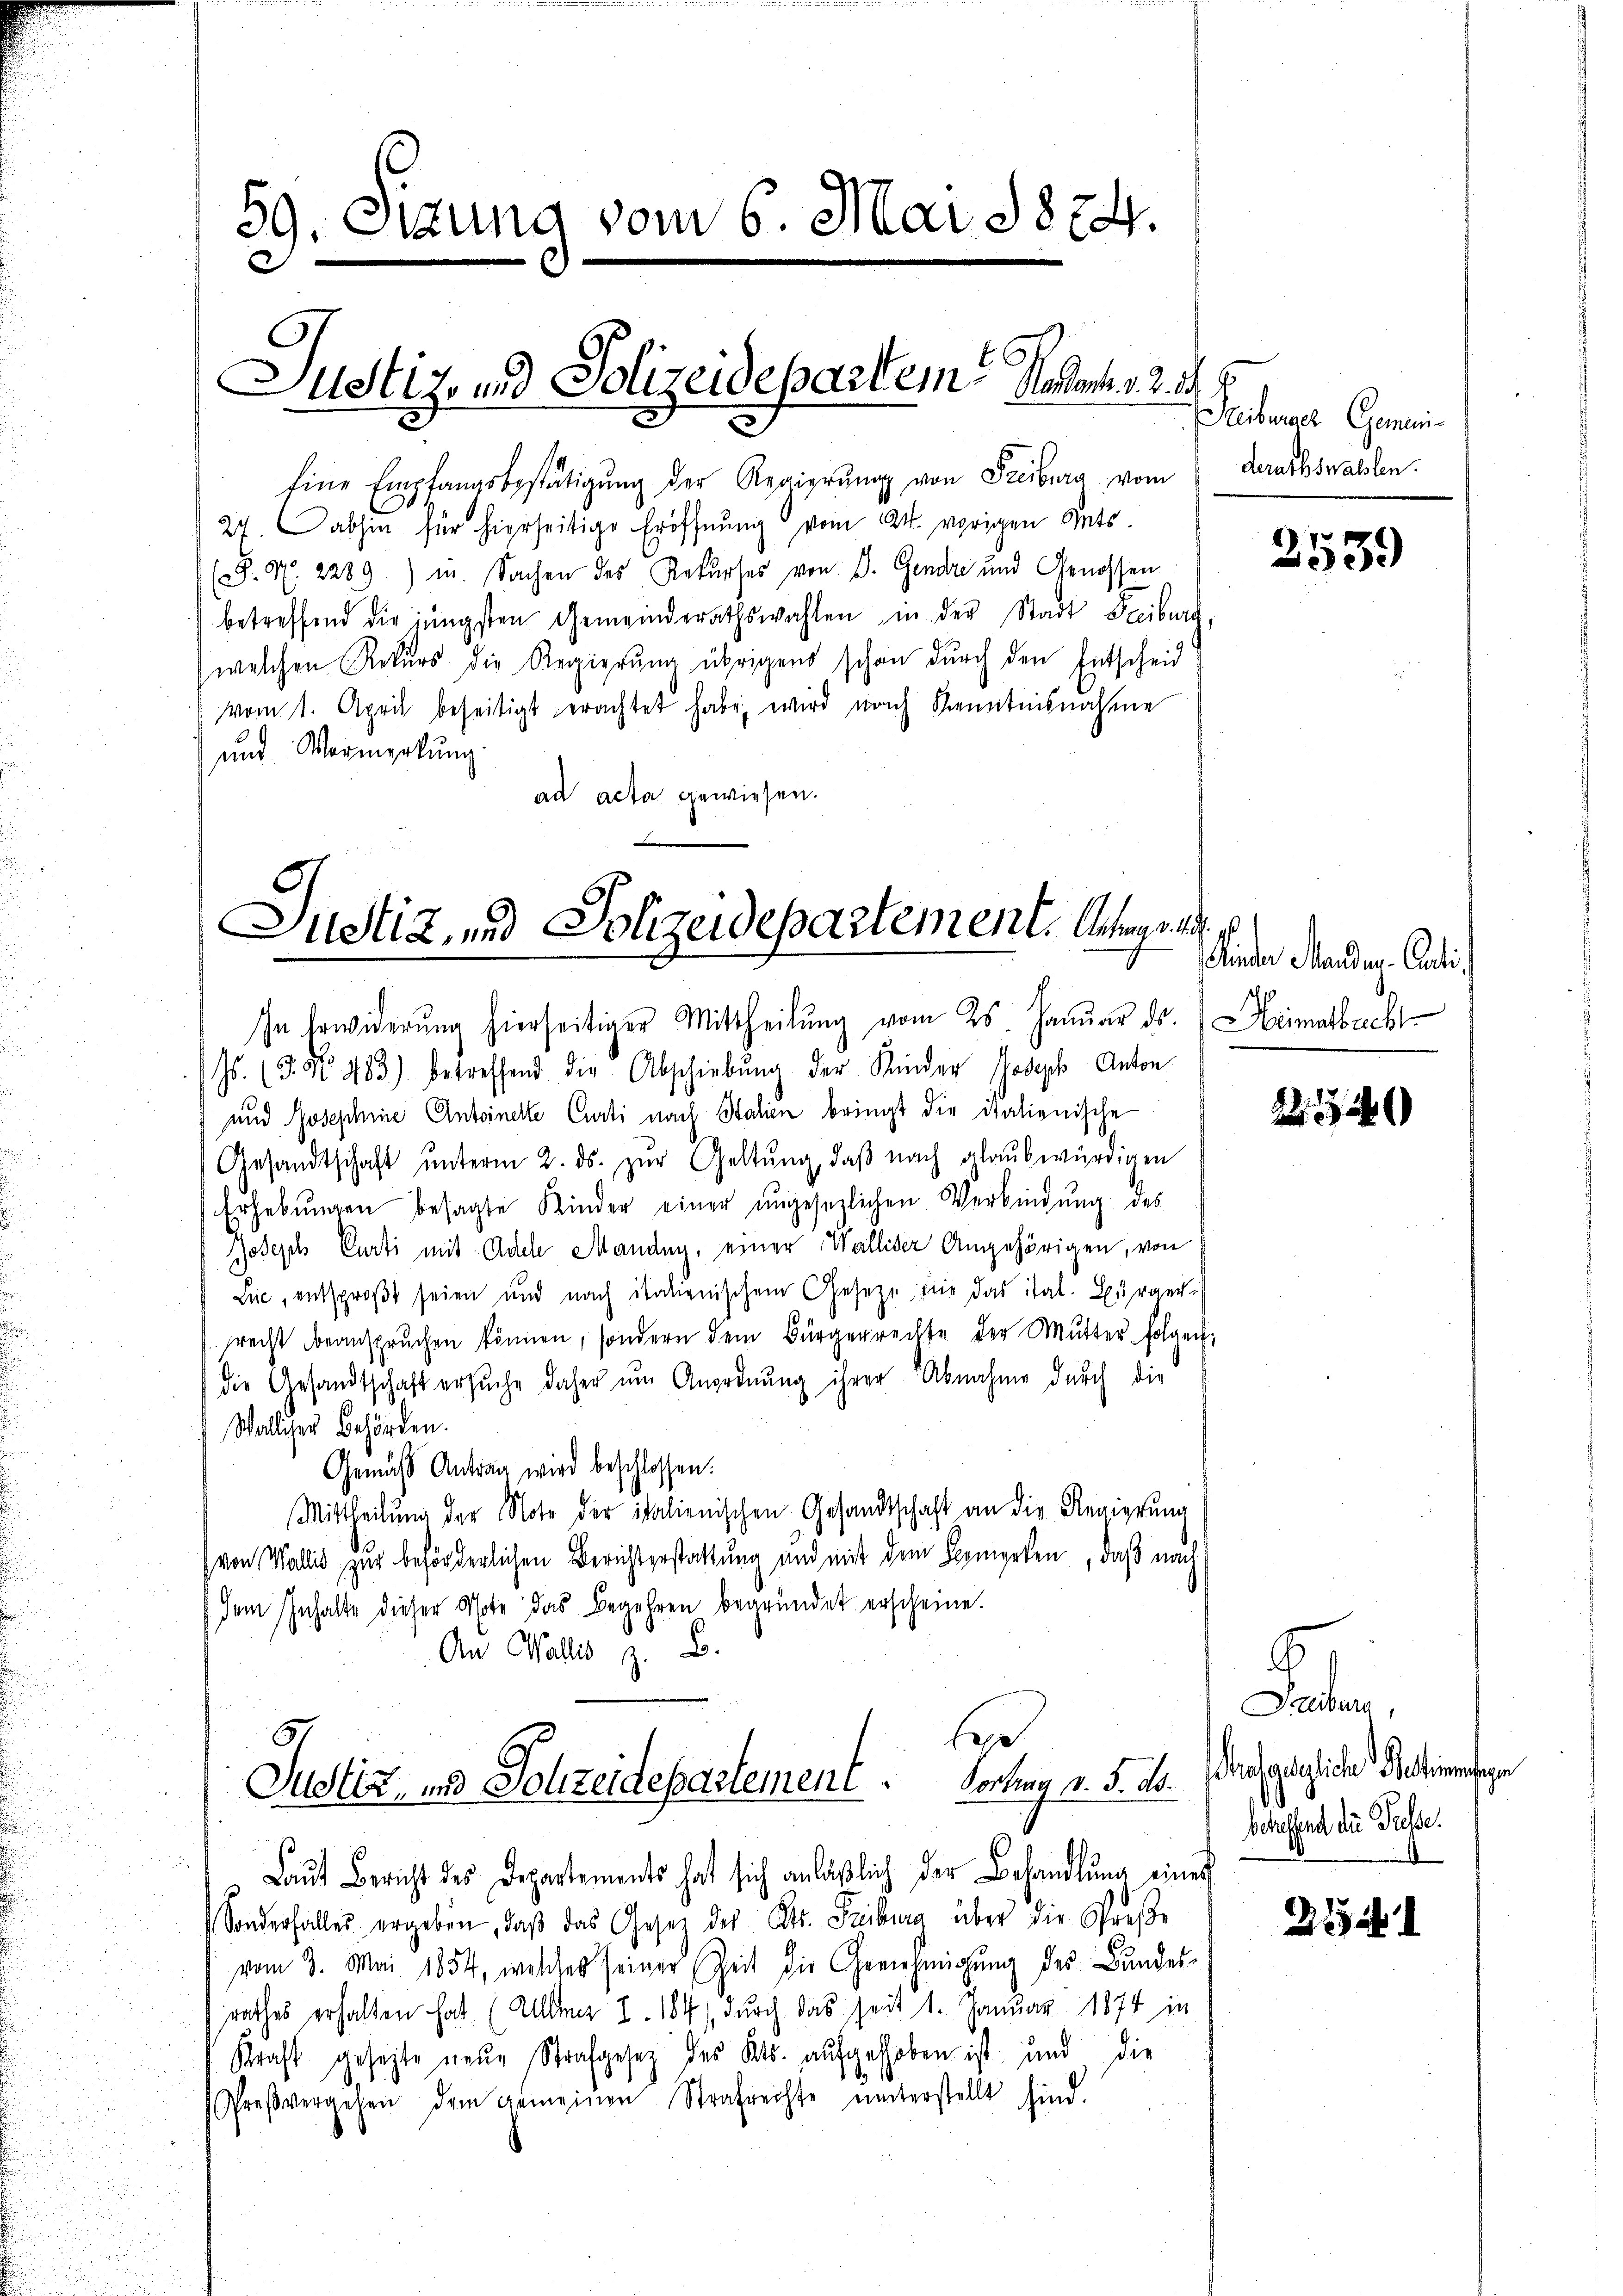
59. Sitzung vom 6. Mai 1874.
2

Justiz- und Polizeidepartem Hosent. v. 2. 54. 4

Eine Empfangsbestätigŭng der Regierŭng von Freiburg vom derathswahlen.
27. abhin für hierseitige Eröffnŭng vom 24. vorigen Ants.
P. M. 2289) u. Sachen des Rekurses von E. Gendre und Genossen
betreffend die jüngsten Gemeinderathswahlen in der Stadt Freiburg,
welchen Rekurs die Regierung übrigens schon durch den Entscheid
vom 1. April beseitigt erachtet habe, wird nach Kenntnisnahme
und Vermerkung
ad acta gewiesen.

Justiz, und Polizeidepartement. Antrage

und Josephine Antoinelle Curti nach Italien bringt die italienische
Gesandtschaft ŭnterm 2. ds. zŭr Geltung, daβ nach glaubwürdigen
Erhebŭngen besagte Kinder einer ungesezlichen Verbindung des
Bodisch Curti mit Adele Manang, einer Walliser Angehörigen, von
Lue, entsproβt seien und nach italienischem Gesetze de das ital. Bürger-
srecht beanspruchen können, sondern dem Bürgerrechte der Mutter folgen,
die Gesandtschaft ersŭche daher ŭm Anordnung ihrer Abnahme durch die
Walliser Behörden.
Gemäß Antrag wird beschlossen:
Mittheilung der Note der italienischen Gesandtschaft an die Regierung
von Wallis zur beförderlichen Berichterstattung und mit dem Bemerken, daß nach
dem Inhalte dieser Note das Begehren begründet erscheine.
An Wallis z. B.

In Erwiderung hierseitiger Mittheilung vom 25. Januar ds. Heimatbercht
Js. (T. 483) betreffend die Abschiebung der Kinder Joseph Anton

bes
Justiz, und Sohzeidepartement. Vortrag v. 5. ds.

Streiburger Gemini-

Laŭt Bericht des Departements hat sich anläßlich der Behandlung eines
 Sonderfalles ergeben, daβ das Gesetz des Str. Freiburg über die Spreße
vom 3. Mai 1854, welches seiner Zeit die Genehmigŭng des Bundes-
rathes erhalten hat. (Alter I. 184) durch das seit 1. Januar 1874 in
Kraft gesezte neue Strafgesetz des Kts. aufgehoben ist und die
Preβvergehen dem gemeinen Strafrechte ŭnterstellt sind.

2539

Kinder Standen. Aucti

2

Freiburg,
Ausgegliche Patienten
betreffend die Pässe.
s

255